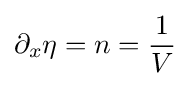
\partial _{x}\eta =n={\frac {1}{V}}